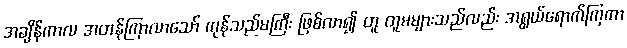
အချိန်ကာလ အတန်ကြာလာသော် ကုန်သည်မကြီး ဖြစ်လာ၍ တူ တူမများသည်လည်း အရွယ်ရောက်ကြကာ